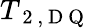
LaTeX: T_{\mathrm{~2~,~D~Q~}}